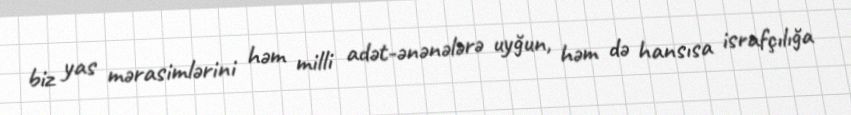
biz yas mərasimlərini həm milli adət-ənənələrə uyğun, həm də hansısa israfçılığa